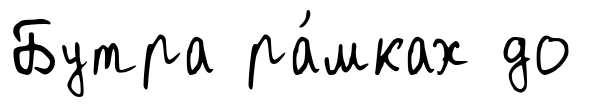
Бутра ра́мках до